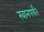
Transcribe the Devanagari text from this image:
खानपर्यंत